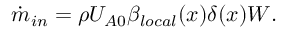
\begin{array} { r } { \dot { m } _ { i n } = \rho U _ { A 0 } \beta _ { l o c a l } ( x ) \delta ( x ) W . } \end{array}